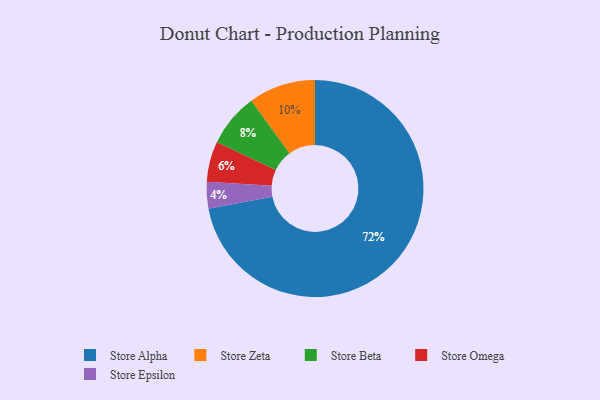
{"axis": {"x": "Category", "y": "Percentage"}, "legend": ["Store Alpha", "Store Beta", "Store Epsilon", "Store Omega", "Store Zeta"], "data": [{"x": "Store Omega", "y": 6, "type": "Store Omega"}, {"x": "Store Beta", "y": 8, "type": "Store Beta"}, {"x": "Store Alpha", "y": 72, "type": "Store Alpha"}, {"x": "Store Zeta", "y": 10, "type": "Store Zeta"}, {"x": "Store Epsilon", "y": 4, "type": "Store Epsilon"}]}